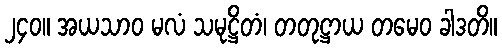
၂၄၀။ အယသာဝ မလံ သမုဋ္ဌိတံ၊ တတုဋ္ဌာယ တမေဝ ခါဒတိ။